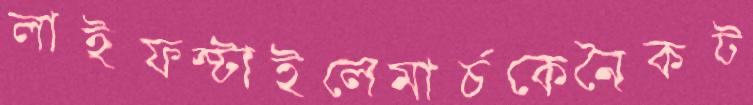
লাইফস্টাইলেমার্চকেনৈকট